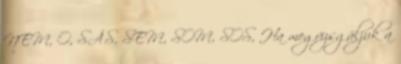
NEM, O, SÁS, SEM, SOM, SOS, Ha megvizsgáljuk a